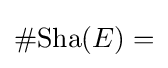
\#\mathrm {Sha} (E)=